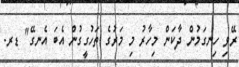
ރޭވި ހިނގަމުން ދާކަން މިހާރު މި މަރުގެ ތަހުގީގުން އެބަ އެނގޭ" ޑރ.